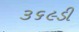
૩૬૯ડી